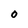
Character: O